Source: Handwritten
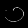
Digit: ၁ (1)